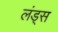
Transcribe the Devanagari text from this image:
लंड्स